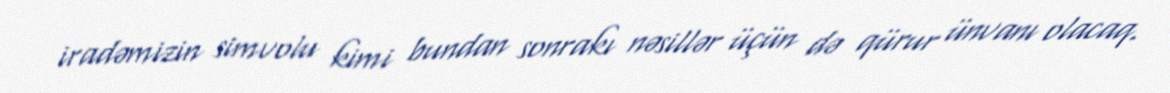
iradəmizin simvolu kimi bundan sonrakı nəsillər üçün də qürur ünvanı olacaq.